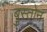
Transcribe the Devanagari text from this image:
बुस्तोन